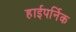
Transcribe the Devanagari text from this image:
हाईपर्निक